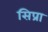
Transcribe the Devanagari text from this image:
सिप्रा